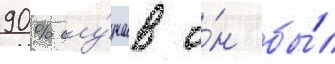
90% слу́чаев о́н бы́л